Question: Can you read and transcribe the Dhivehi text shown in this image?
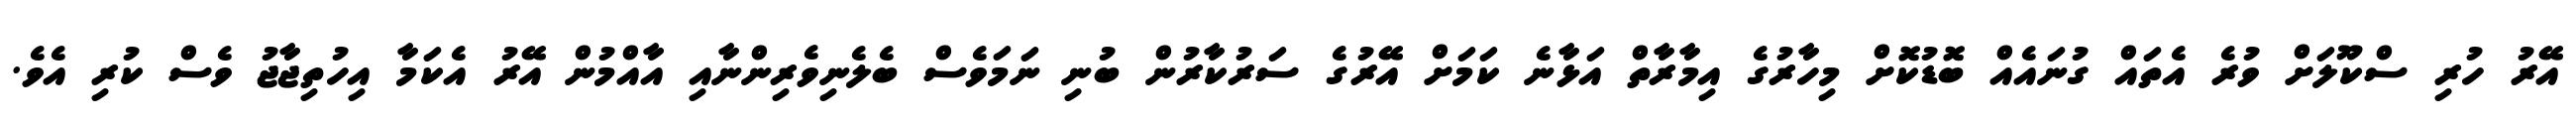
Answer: އޭރު ހުރި ސްކޫލަށް ވުރެ އެތައް ގުނައެއް ބޮޑުކޮށް މިހާރުގެ އިމާރާތް އަޅާނެ ކަމަށް އޭރުގެ ސަރުކާރުން ބުނި ނަމަވެސް ބެލެނިވެރިންނާއި އާއްމުން އޭރު އެކަމާ އިހުތިޖާޖު ވެސް ކުރި އެވެ.